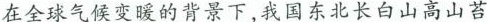
在全球气候变暖的背景下，我国东北长白山高山苔